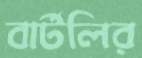
বার্টলির